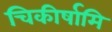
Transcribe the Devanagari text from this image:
चिकीर्षामि